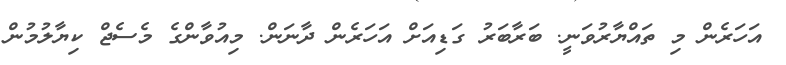
އަހަރެން މި ތައްޔާރުވަނީ. ބަރާބަރު ގަޑިއަށް އަހަރެން ދާނަން. މިއުވާންގެ މެސެޖް ކިޔާލުމުން